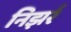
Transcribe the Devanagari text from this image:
निझर्र